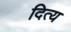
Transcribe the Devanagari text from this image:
दित्य